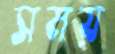
সময়